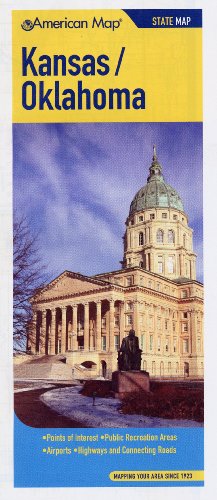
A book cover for Kansas/Oklahoma State Pocket Map; Travel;